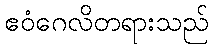
ဧဝံဂေလိတရားသည်